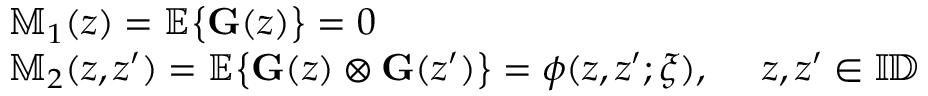
\begin{array} { r l } & { \mathbb { M } _ { 1 } ( z ) = \mathbb { E } \big \lbrace { \mathbf { G } } ( z ) \big \rbrace = 0 } \\ & { \mathbb { M } _ { 2 } ( z , z ^ { \prime } ) = \mathbb { E } \big \lbrace { \mathbf { G } } ( z ) \otimes { \mathbf { G } } ( z ^ { \prime } ) \big \rbrace = \phi ( z , z ^ { \prime } ; \xi ) , ~ ~ ~ ~ z , z ^ { \prime } \in \mathbb { I \! D } } \end{array}